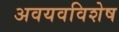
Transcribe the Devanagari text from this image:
अवयवविशेष